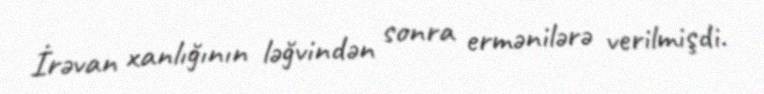
İrəvan xanlığının ləğvindən sonra ermənilərə verilmişdi.